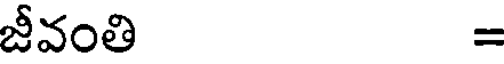
జీవంతి =